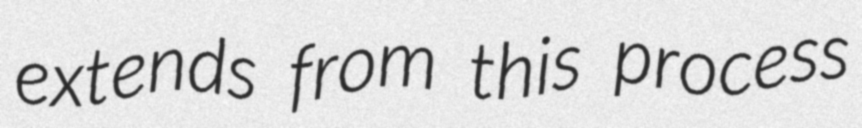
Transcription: extends from this process